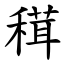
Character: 穁